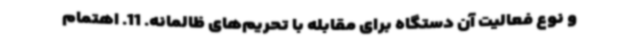
و نوع فعالیت آن دستگاه برای مقابله با تحریم‌های ظالمانه. 11. اهتمام